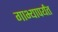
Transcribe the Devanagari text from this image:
गाभ्यापर्यंत